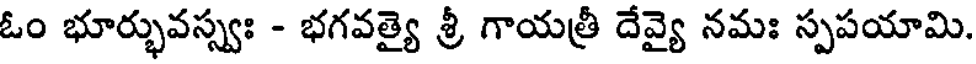
ఓం భూర్భువస్స్వః - భగవత్యై శ్రీ గాయత్రీ దేవ్యై నమః స్పపయామి.